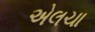
એલચા